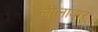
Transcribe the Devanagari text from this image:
लीलाधार